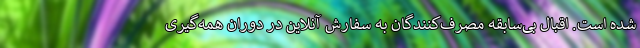
شده است. اقبال بی‌سابقه مصرف‌کنندگان به سفارش آنلاین در دوران همه‌گیری